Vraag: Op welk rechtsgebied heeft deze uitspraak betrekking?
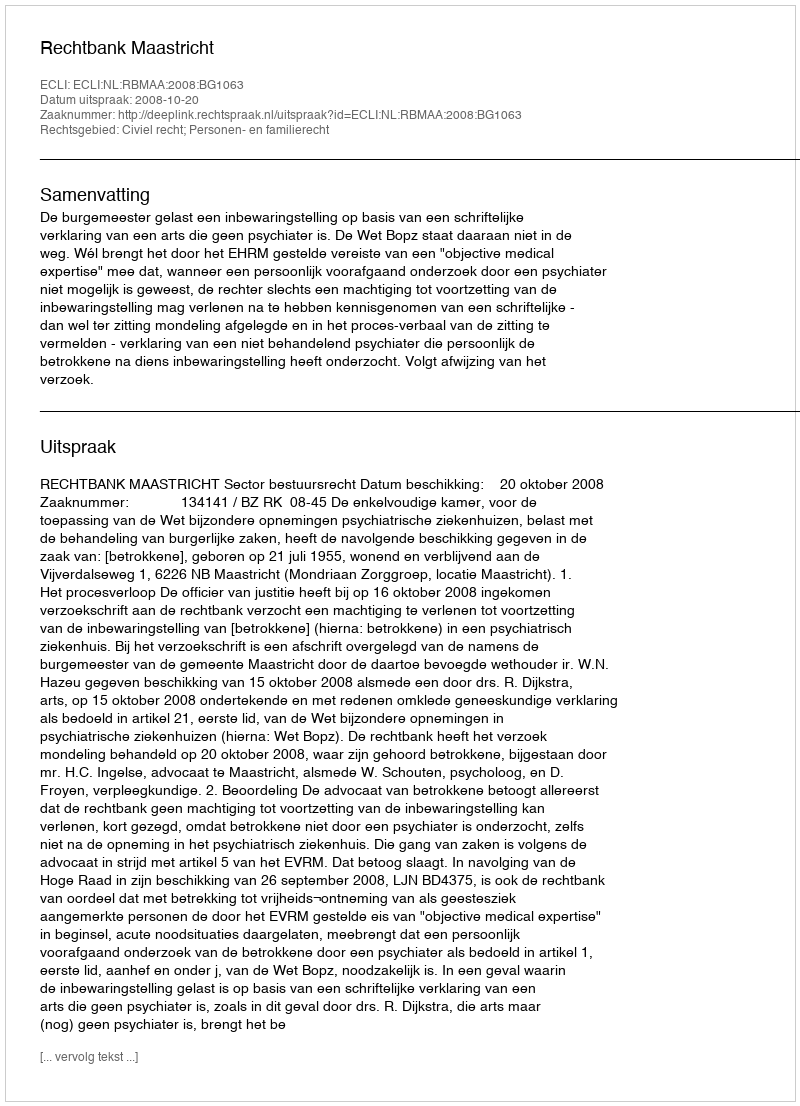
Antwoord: Civiel recht; Personen- en familierecht